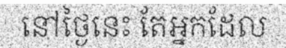
នៅថ្ងៃនេះ តែអ្នកដែល